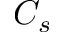
C _ { s }